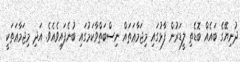
ދުނިޔޭގެ ބައެއް ބޮޑެތި ލީޑަރުން ފާޅުގައި މިޖަމާޢަތައް ނިސްބަތްވާކަމުގައި ބުނެފައިވެއެވެ. އަދި މިޖަމާޢަތަކީ